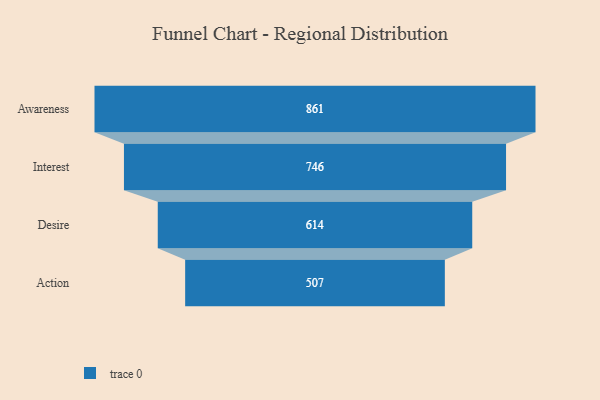
{"axis": {"x": "Stage", "y": "Value"}, "legend": [""], "data": [{"x": "Awareness", "y": 861.0, "type": ""}, {"x": "Interest", "y": 746.0, "type": ""}, {"x": "Desire", "y": 614.0, "type": ""}, {"x": "Action", "y": 507.0, "type": ""}]}